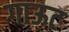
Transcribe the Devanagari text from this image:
गाऊट